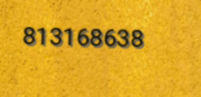
813168638